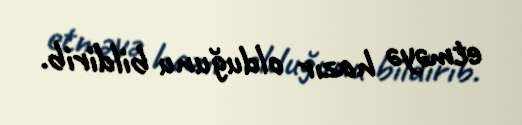
etməyə hazır olduğunu bildirib.